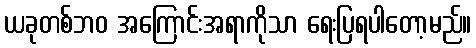
ယခုတစ်ဘဝ အကြောင်းအရာကိုသာ ရေးပြရပါတော့မည်။